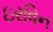
ઇરવિન